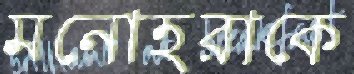
মনোহরাকে